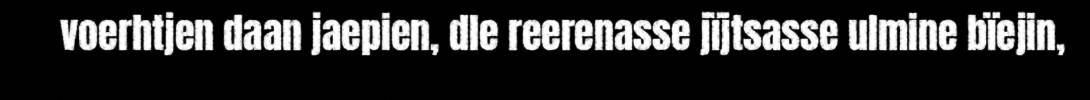
voerhtjen daan jaepien, dle reerenasse jïjtsasse ulmine bïejin,